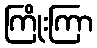
ကြိုးကြာ